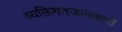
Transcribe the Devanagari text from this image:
व्यक्तिगतजानकारी